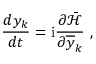
\frac { d y _ { k } } { d t } = \mathrm { i } \frac { \partial \bar { \mathcal { H } } } { \partial \overline { { y } } _ { k } } \ ,